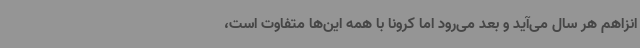
انزاهم هر سال می‌آید و بعد می‌رود اما کرونا با همه این‌ها متفاوت است،